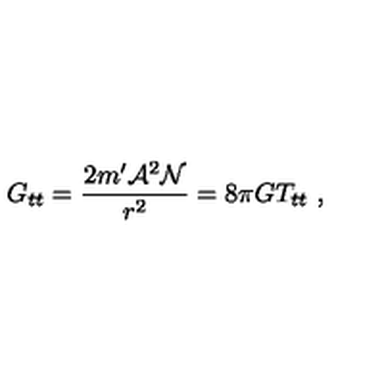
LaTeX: G _ { t t } = \frac { 2 m ^ { \prime } { \cal A } ^ { 2 } { \cal N } } { r ^ { 2 } } = 8 \pi G T _ { t t } \ ,